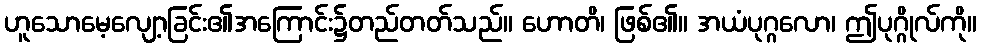
ဟူသောမေ့လျော့ခြင်း၏အကြောင်း၌တည်တတ်သည်။ ဟောတိ၊ ဖြစ်၏။ အယံပုဂ္ဂလော၊ ဤပုဂ္ဂိုလ်ကို။